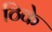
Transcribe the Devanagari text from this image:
ठिके